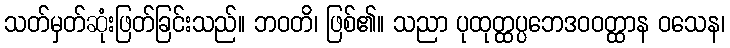
သတ်မှတ်ဆုံးဖြတ်ခြင်းသည်။ ဘဝတိ၊ ဖြစ်၏။ သညာ ပုထုတ္ထပ္ပဘေဒဝဝတ္ထာန ဝသေန၊